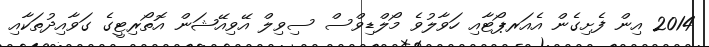
2014 އިން ފެށިގެން އެއަރޕޯޓާއި ހަވާލުވެ މޯލްޑިވްސް ސިވިލް އޭވިއޭޝަން އޮތޯރިޓީގެ ގަވާއިދުތަކާއި